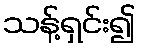
သန့်ရှင်း၍